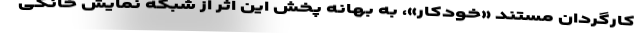
کارگردان مستند «خودکار»، به بهانه پخش این اثر از شبکه نمایش خانگی